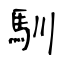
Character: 馴